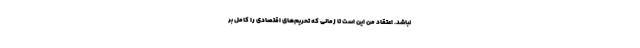
نباشد. اعتقاد من این است تا زمانی که تحریم‌های اقتصادی را کامل بر